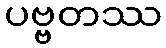
ပဗ္ဗတဿ